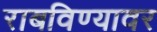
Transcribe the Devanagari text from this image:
राबविण्यावर